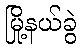
မြို့နယ်ခွဲ